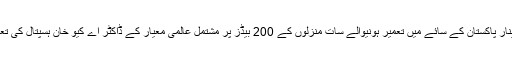
ڈاکٹر عبدالقدیر خان نے اپیل کرتے ہوئے کہا کہ مینارِ پاکستان کے سائے میں تعمیر ہونیوالے سات منزلوں کے 200 بیڈز پر مشتمل عالمی معیار کے ڈاکٹر اے کیو خان ہسپتال کی تعمیر اور تکمیل میں ہر پاکستانی اپنا کرداراد ا کرے۔